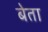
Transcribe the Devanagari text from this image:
बेता